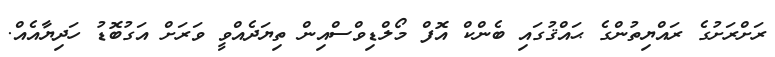
ރަށްރަށުގެ ރައްޔިތުންގެ ޙައްޤުގައި ބެންކް އޮފް މޯލްޑިވްސްއިން ތިޔަދެއްވީ ވަރަށް އަގުބޮޑު ހަދިޔާއެއް.